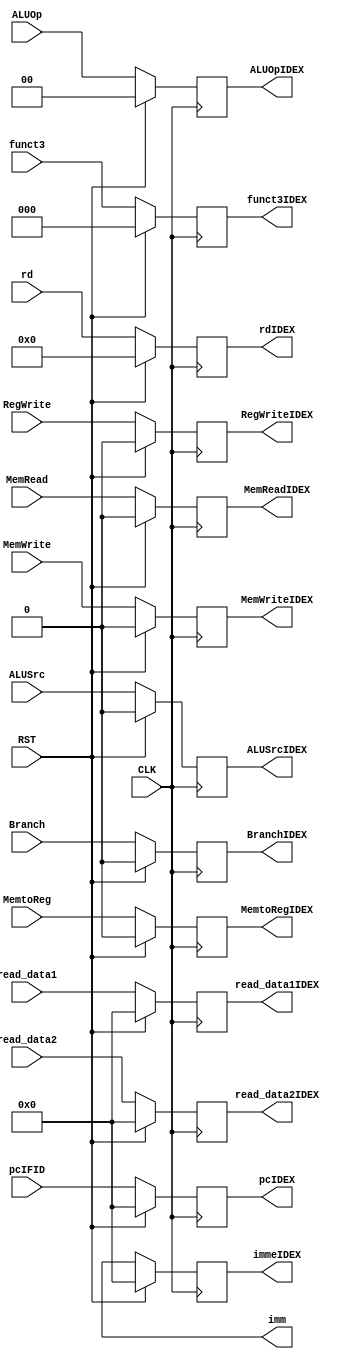
module ID_EX(
    input CLK,RST, 
    input [63:0] pcIFID, read_data1, read_data2,
    output reg [63:0] pcIDEX, read_data1IDEX, read_data2IDEX, imm, immeIDEX, 
    input [4:0] rd,
    input [2:0] funct3,
    output reg [4:0] rdIDEX,
    input MemtoReg, RegWrite, Branch, MemWrite, MemRead, ALUSrc, 
    input [1:0] ALUOp,
    output reg [4:0] rdIDEX,
    output reg MemtoRegIDEX, RegWriteIDEX, BranchIDEX, MemWriteIDEX, MemReadIDEX, ALUSrcIDEX,
    output reg [1:0] ALUOpIDEX,
    output reg [2:0] funct3IDEX
    );
    
    always@(posedge CLK)
	begin
      if(RST == 1'b0)
        begin
          pcIDEX = pcIFID;
          read_data1IDEX = read_data1;
          read_data2IDEX = read_data2;
          immeIDEX = imm;
          funct3IDEX = funct3;
          rdIDEX = rd;
          MemtoRegIDEX =  MemtoReg;
          RegWriteIDEX = RegWrite;
          BranchIDEX = Branch;
          MemWriteIDEX = MemWrite;
          MemReadIDEX = MemRead;
          ALUSrcIDEX = ALUSrc;
          ALUOpIDEX = ALUOp;
        end
      else
        begin
          pcIDEX = 0;
          read_data1IDEX = 0;
          read_data2IDEX = 0;
          immeIDEX = 0;
          funct3IDEX = 0;
          rdIDEX = 0;
          MemtoRegIDEX =  0;
          RegWriteIDEX = 0;
          BranchIDEX = 0;
          MemWriteIDEX = 0;
          MemReadIDEX = 0;
          ALUSrcIDEX = 0;
          ALUOpIDEX = 0;
        end
	end
endmodule